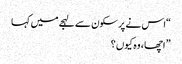
“اس نے پرسکون سے لہجے میں کہا
” اچھا ، وہ کیوں ؟